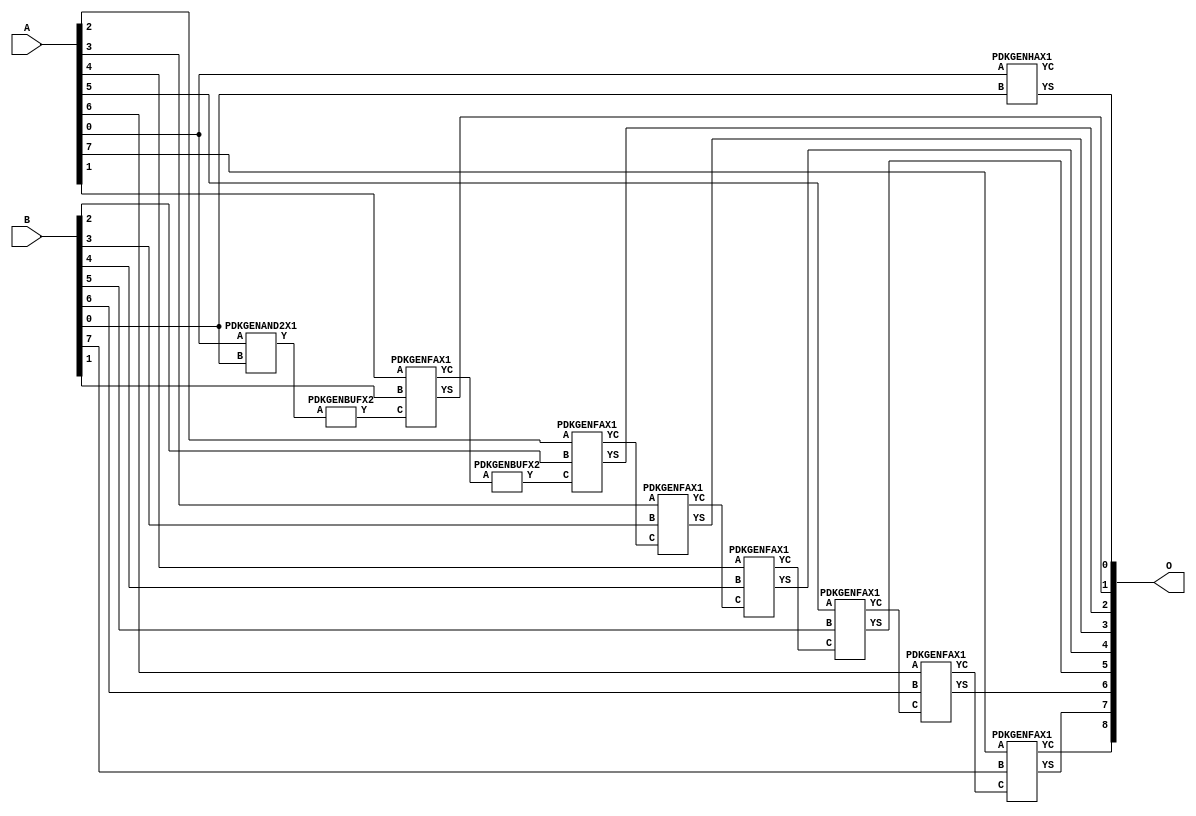
// Library = EvoApprox8b
// Circuit = add8_007
// Area   (180) = 1000
// Delay  (180) = 1.760
// Power  (180) = 358.50
// Area   (45) = 74
// Delay  (45) = 0.680
// Power  (45) = 34.34
// Nodes = 11
// HD = 0
// MAE = 0.00000
// MSE = 0.00000
// MRE = 0.00 %
// WCE = 0
// WCRE = 0 %
// EP = 0.0 %

module add8_007(A, B, O);
  input [7:0] A;
  input [7:0] B;
  output [8:0] O;
  wire [2031:0] N;

  assign N[0] = A[0];
  assign N[1] = A[0];
  assign N[2] = A[1];
  assign N[3] = A[1];
  assign N[4] = A[2];
  assign N[5] = A[2];
  assign N[6] = A[3];
  assign N[7] = A[3];
  assign N[8] = A[4];
  assign N[9] = A[4];
  assign N[10] = A[5];
  assign N[11] = A[5];
  assign N[12] = A[6];
  assign N[13] = A[6];
  assign N[14] = A[7];
  assign N[15] = A[7];
  assign N[16] = B[0];
  assign N[17] = B[0];
  assign N[18] = B[1];
  assign N[19] = B[1];
  assign N[20] = B[2];
  assign N[21] = B[2];
  assign N[22] = B[3];
  assign N[23] = B[3];
  assign N[24] = B[4];
  assign N[25] = B[4];
  assign N[26] = B[5];
  assign N[27] = B[5];
  assign N[28] = B[6];
  assign N[29] = B[6];
  assign N[30] = B[7];
  assign N[31] = B[7];

  PDKGENAND2X1 n38(.A(N[0]), .B(N[16]), .Y(N[38]));
  PDKGENBUFX2 n52(.A(N[38]), .Y(N[52]));
  PDKGENHAX1 n76(.A(N[0]), .B(N[16]), .YS(N[76]), .YC(N[77]));
  PDKGENFAX1 n82(.A(N[2]), .B(N[18]), .C(N[52]), .YS(N[82]), .YC(N[83]));
  PDKGENBUFX2 n112(.A(N[83]), .Y(N[112]));
  PDKGENFAX1 n132(.A(N[4]), .B(N[20]), .C(N[112]), .YS(N[132]), .YC(N[133]));
  PDKGENFAX1 n182(.A(N[6]), .B(N[22]), .C(N[133]), .YS(N[182]), .YC(N[183]));
  PDKGENFAX1 n232(.A(N[8]), .B(N[24]), .C(N[183]), .YS(N[232]), .YC(N[233]));
  PDKGENFAX1 n282(.A(N[10]), .B(N[26]), .C(N[233]), .YS(N[282]), .YC(N[283]));
  PDKGENFAX1 n332(.A(N[12]), .B(N[28]), .C(N[283]), .YS(N[332]), .YC(N[333]));
  PDKGENFAX1 n382(.A(N[14]), .B(N[30]), .C(N[333]), .YS(N[382]), .YC(N[383]));

  assign O[0] = N[76];
  assign O[1] = N[82];
  assign O[2] = N[132];
  assign O[3] = N[182];
  assign O[4] = N[232];
  assign O[5] = N[282];
  assign O[6] = N[332];
  assign O[7] = N[382];
  assign O[8] = N[383];

endmodule
/* mod */
module PDKGENHAX1( input A, input B, output YS, output YC );
    assign YS = A ^ B;
    assign YC = A & B;
endmodule
/* mod */
module PDKGENAND2X1(input A, input B, output Y );
     assign Y = A & B;
endmodule
/* mod */
module PDKGENFAX1( input A, input B, input C, output YS, output YC );
    assign YS = (A ^ B) ^ C;
    assign YC = (A & B) | (B & C) | (A & C);
endmodule
/* mod */
module PDKGENBUFX2(input A, output Y );
     assign Y = A;
endmodule